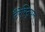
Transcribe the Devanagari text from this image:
टैरेस्ट्रियल